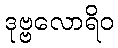
ဒုဗ္ဗလောရိဝ